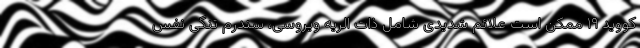
کووید ۱۹ ممکن است علائم شدیدی شامل ذات الریه ویروسی، سندرم تنگی نفس